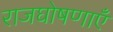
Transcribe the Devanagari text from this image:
राजघोषणाएँ